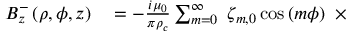
\begin{array} { r l } { B _ { z } ^ { - } \left( \rho , \phi , z \right) } & { { } = - \frac { i \mu _ { 0 } } { \pi \rho _ { c } } \sum _ { m = 0 } ^ { \infty } \ \zeta _ { m , 0 } \cos \left( m \phi \right) \ \times } \end{array}